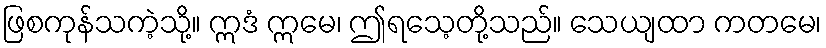
ဖြစကုန်သကဲ့သို့။ ဣဒံ ဣမေ၊ ဤရသေ့တို့သည်။ သေယျထာ ကတမေ၊